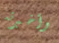
وأخبرته